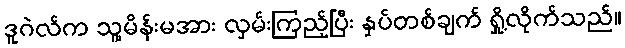
ဒူဂဲလ်က သူ့မိန်းမအား လှမ်းကြည့်ပြီး နှပ်တစ်ချက် ရှို့လိုက်သည်။